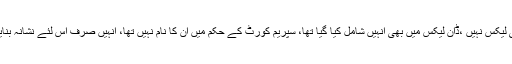
مریم نواز کا کہنا تھا کہ پاناما لیکس پہلی لیکس نہیں ،ڈان لیکس میں بھی انہیں شامل کیا گیا تھا، سپریم کورٹ کے حکم میں ان کا نام نہیں تھا، انہیں صرف اس لئے نشانہ بنایا گیا کیونکہ وہ نواز شریف کی بیٹی ہیں۔